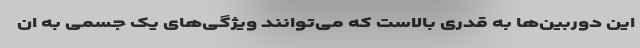
این دوربین‌ها به قدری بالاست که می‌توانند ویژگی‌های یک جسمی به ان